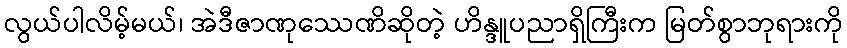
လွယ်ပါလိမ့်မယ်၊ အဲဒီဇာဏုဿေဏိဆိုတဲ့ ဟိန္ဒူပညာရှိကြီးက မြတ်စွာဘုရားကို